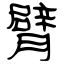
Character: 臂